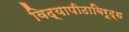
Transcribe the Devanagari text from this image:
विद्यापीठाविरूद्ध